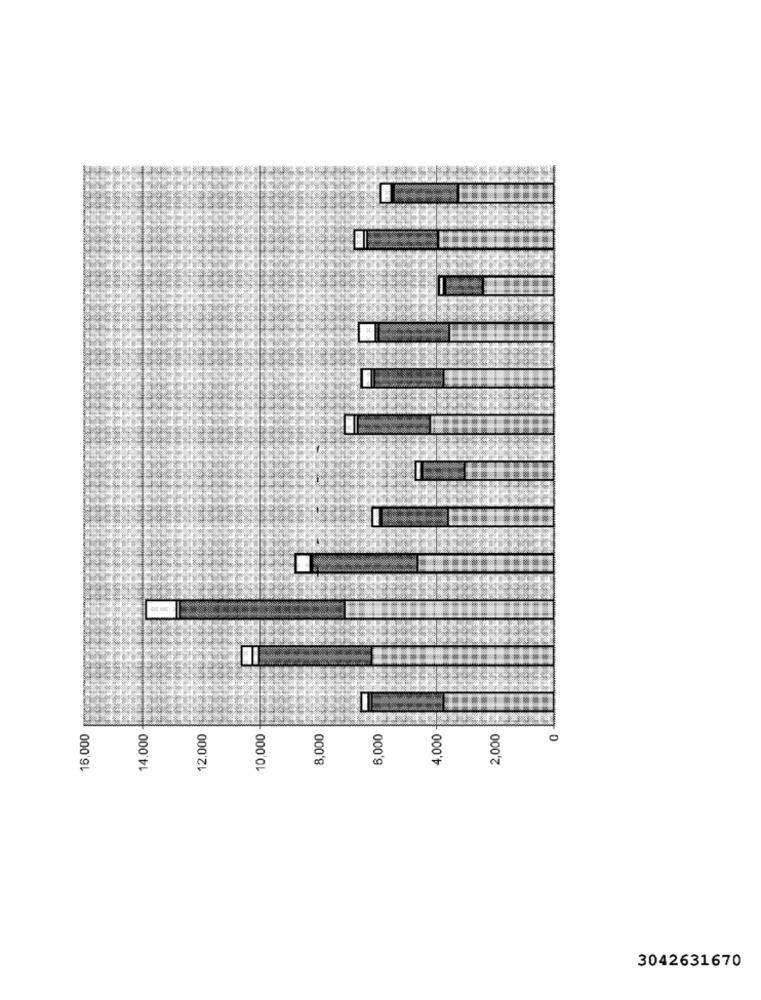
16,000
14,000
12,000
10,000
8,000
6,000
4,000
2,000
3042631670